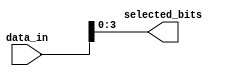
module PartSelectContinuousAssignment(
    input wire [15:0] data_in,    // 16-bit input data bus
    output wire [3:0] selected_bits // 4-bit output for selected bits
);

// Continuously assign the 4 least significant bits of data_in to selected_bits
assign selected_bits = data_in[3:0]; // Selecting bits 3 to 0

// Example of selecting a non-contiguous part of the vector
wire [2:0] non_contiguous_bits; // 3-bit output for non-contiguous bits
assign non_contiguous_bits = {data_in[10], data_in[5], data_in[2]}; // Selecting bits 10, 5, and 2

endmodule